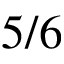
5 / 6